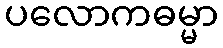
ပလောကဓမ္မာ